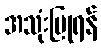
အသုံးပြုရန်